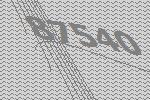
87540